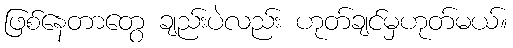
ဖြစ်နေတာတွေ ချည်းပဲလည်း ဟုတ်ချင်မှဟုတ်မယ်။